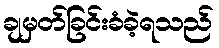
ချမှတ်ခြင်းခံခဲ့ရသည်